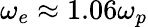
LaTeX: \omega_{e}\approx 1.06\omega_{p}